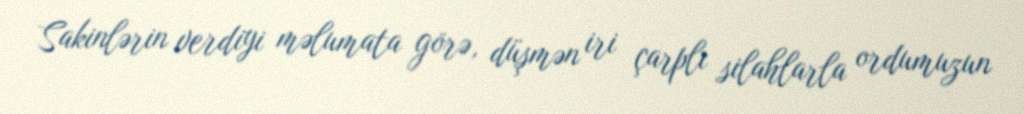
Sakinlərin verdiyi məlumata görə, düşmən iri çarplı silahlarla ordumuzun